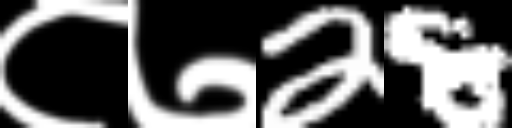
Text: ८७28